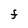
Character: F